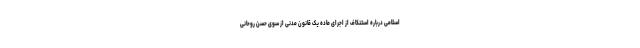
اسلامی درباره استنکاف از اجرای ماده یک قانون مدنی از سوی حسن روحانی